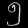
Digit: ၅